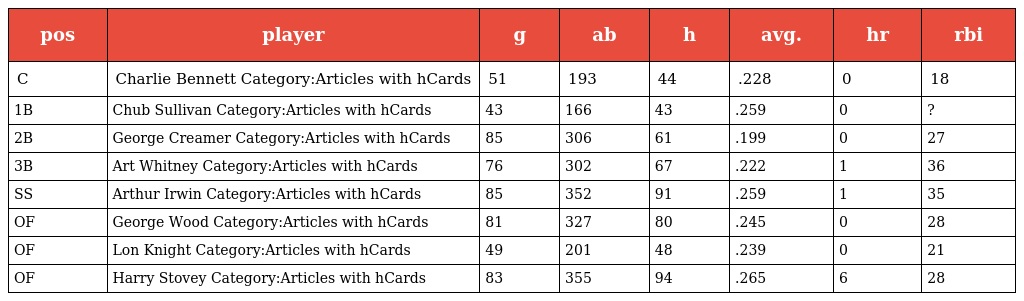
| pos | player | g | ab | h | avg. | hr | rbi |
 | --- | --- | --- | --- | --- | --- | --- | --- |
 | C | Charlie Bennett Category:Articles with hCards | 51 | 193 | 44 | .228 | 0 | 18 |
 | 1B | Chub Sullivan Category:Articles with hCards | 43 | 166 | 43 | .259 | 0 | ? |
 | 2B | George Creamer Category:Articles with hCards | 85 | 306 | 61 | .199 | 0 | 27 |
 | 3B | Art Whitney Category:Articles with hCards | 76 | 302 | 67 | .222 | 1 | 36 |
 | SS | Arthur Irwin Category:Articles with hCards | 85 | 352 | 91 | .259 | 1 | 35 |
 | OF | George Wood Category:Articles with hCards | 81 | 327 | 80 | .245 | 0 | 28 |
 | OF | Lon Knight Category:Articles with hCards | 49 | 201 | 48 | .239 | 0 | 21 |
 | OF | Harry Stovey Category:Articles with hCards | 83 | 355 | 94 | .265 | 6 | 28 |